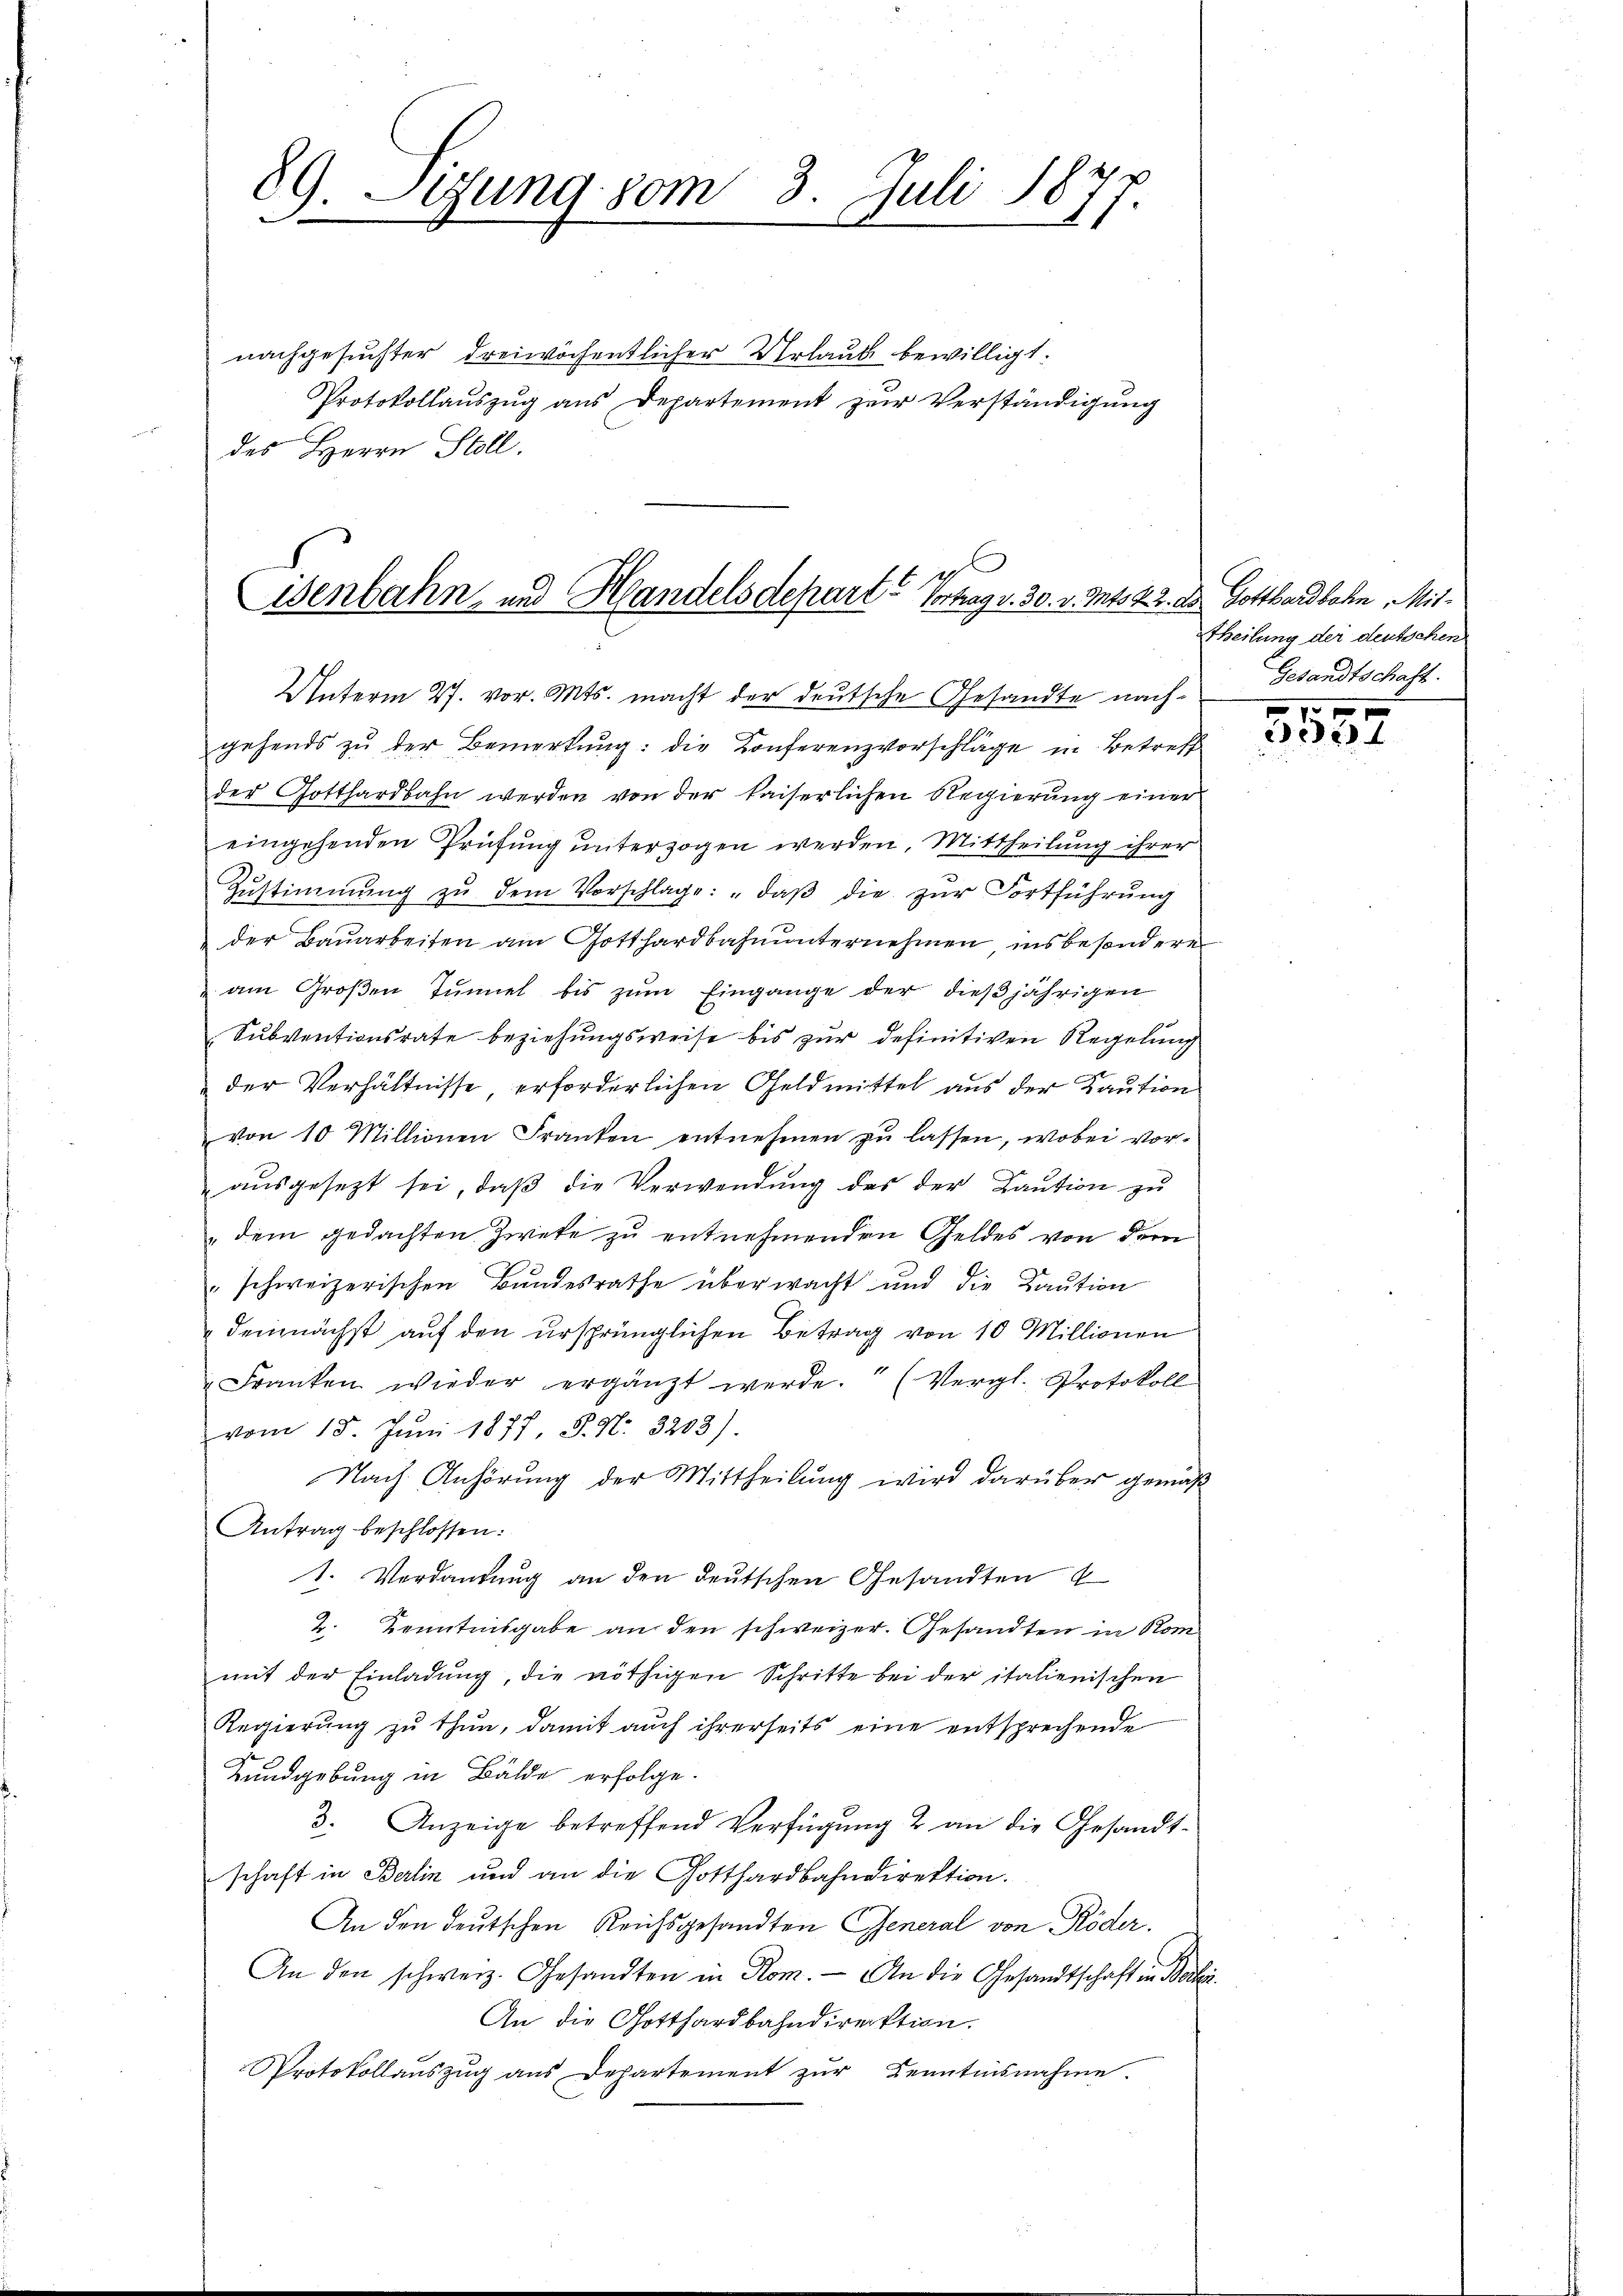
Sitzung vom 3. Juli 1877.
x
nachgesuchter dreiwöchentlicher Urlaub bewilligt.
Protokollauszug aus Departement zur Verständigung
des Herrn Stoll.

gehends zu der Bemerkung: die Konferenzvorschläge in Betreff
der Gotthardbahn werden von der kaiserlichen Regierung einer
eingehenden Prüfung unterzogen werden. Mittheilung ihrer
Zŭstimmung zŭ dem Vorschlage: „daβ die zŭr Fortführŭng
der Baŭarbeiten am Gotthardbahnŭnternehmen insbesondere
am Großen Tunnel bis zum Eingange der dießjährigen
Subventionsrate beziehungsweise bis zur definitiven Regelung
der Verhältnisse, erforderlichen Geldmittel aus der Kaution
von 10 Millionen Franken entnehmen zŭ lassen, wobei vor-
aŭsgesezt sei, daβ die Verwendung des der Kaution zu
 dem gedachten Zwete zu entnehmenden Geldes von dem
" schweizerischen Bundesrathe überwacht und die Caution
demnächst auf den ursprünglichen Betrag von 10 Millionen
Franken wieder ergänzt werde. (Vergl. Protokoll
vom 15. Jŭni 1877 S. Nr. 3203).
Nach Anhörung der Mittheilung wird darüber gemäß
Antrag beschlossen:
1. Verdankung an den deutschen Gesandten
2. Kenntnisgabe an den schweizer. Gesandten in Kom
mit der Einladung, die nöthigen Schritte bei der italienischen
Regierung zu thun, damit auch ihrerseits eine entsprechende
Kundgebung in Bälde erfolge.
3. Anzeige betreffend Verfügung 2 an die Gesandt-
schaft in Berlin und an die Gotthardbahndirektion.
An den deutschen Reichsgesandten General von Röder.
An den schweiz. Gesandten in Rom. An die Gesandtschaft in Becker.
An die Gotthardbahndirektion.
Protokollaŭszŭg aŭs Departement zŭr Benntnisnahme.

Eisenbahn- und Handelsdeparte Vortrag v. 30. v. Mts. 22. ds. Gotthardbahn Mit¬
Unterm 27. vor. Mts. macht der deutsche Gesandte nach¬

Theilung der deutschen
Gesandtschaft.

70 x
ee